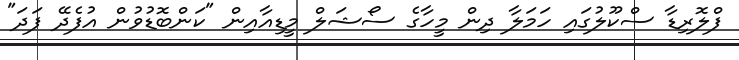
ފްލޮރިޑާ ސްކޫލުގައި ހަމަލާ ދިން މީހާގެ ސޯޝަލް މީޑިއާއިން "ކަންބޮޑުވުން އުފެދޭ ފަދަ"